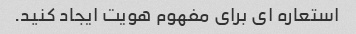
استعاره ای برای مفهوم هویت ایجاد کنید.